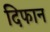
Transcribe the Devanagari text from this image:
दिफान